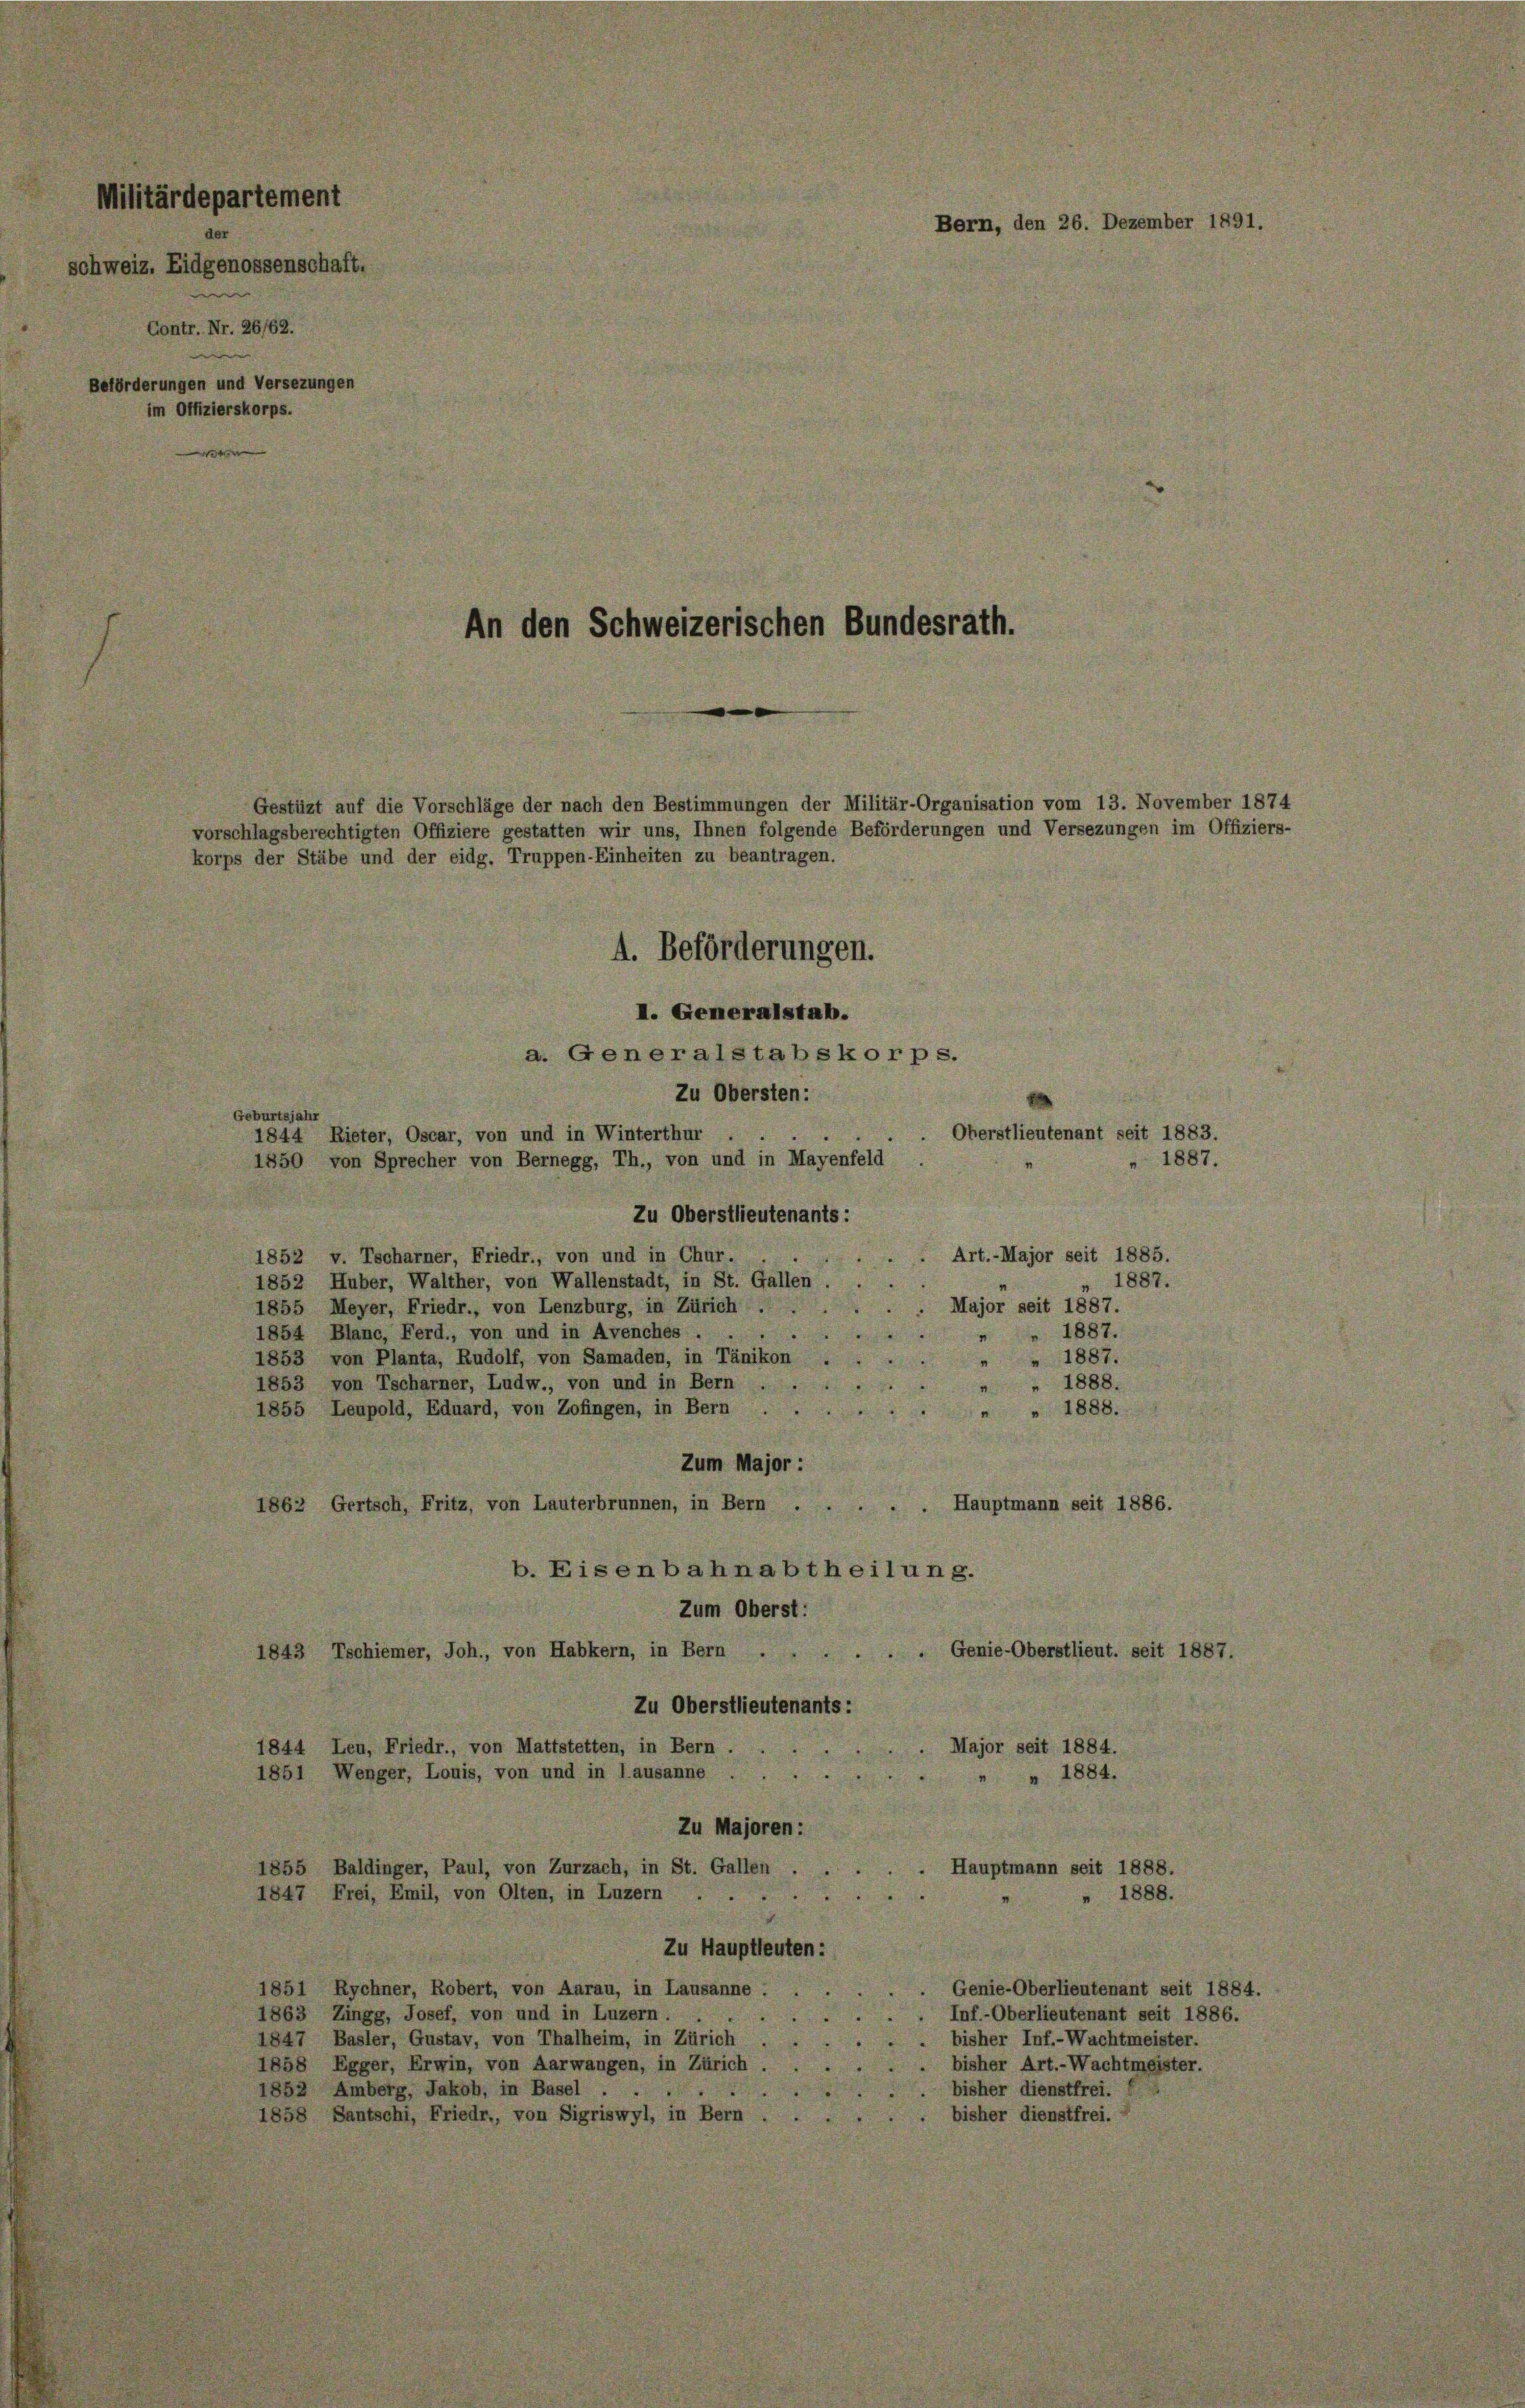
Militärdepartement
Bern, den 26. Dezember 1891.
der
schweiz. Eidgenossenschaft.
Contr. Nr. 26/62.
n
Beförderungen und Versezungen
im Offizierskorps.
Gestüzt auf die Vorschläge der nach den Bestimmungen der Militär-Organisation vom 13. November 1874
vorschlagsberechtigten Offiziere gestatten wir uns, Ihnen folgende Beförderungen und Versezungen im Offiziers-
korps der Stäbe und der eidg. Truppen-Einheiten zu beantragen.
4. Beförderungen.
I. Generalstab.
a. Generalstabskorps.
Zu Obersten:

An den Schweizerischen Bundesrath.

Geburtsjahr
Oberstlieutenant seit 1883.
d
1844 Rieter, Oscar, von und in Winterthur
1887.
1850 von Sprecher von Bernegg, Th., von und in Mayenfeld
Zu Oberstlieutenants:
Art.-Major seit 1885.
1852 v. Tscharner, Friedr., von und in Chur.
1852 Huber, Walther, von Wallenstadt, in St. Gallen
" 1887.
Major seit 1887.
1855 Meyer, Friedr., von Lenzburg, in Zürich
1887.
1854 Blanc, Ferd., von und in Avenches .
1853 von Planta, Rudolf, von Samaden, in Tänikon
" 1887.
1888.
1853 von Tscharner, Ludw., von und in Bern
1888.
1855 Leupold, Eduard, von Zofingen, in Bern.
Zum Major :
Hauptmann seit 1886.
1862 Gertsch, Fritz, von Lauterbrunnen, in Bern .
b. Eisenbahnabtheilung.
Zum Oberst:
Genie-Oberstlieut. seit 1887.
1843 Tschiemer, Joh., von Habkern, in Bern . .
Zu Oberstlieutenants:
Major seit 1884.
1844 Leu, Friedr., von Mattstetten, in Bern .
1851 Wenger, Louis, von und in lausanne
1884.
Zu Majoren:
1855 Baldinger, Paul, von Zurzach, in St. Gallen
Hauptmann seit 1888.
1847 Frei, Emil, von Olten, in Luzern
1888.

4
Zu Hauptleuten:
1851 Rychner, Robert, von Aarau, in Lausanne :
Genie-Oberlieutenant seit 1884.
Inf.-Oberlieutenant seit 1886.
1863 Zingg, Josef, von und in Luzern.
bisher Inf.-Wachtmeister.
1847, Basler, Gustav, von Thalheim, in Zürich
bisher Art.- Wachtmeister.
1858 Egger, Erwin, von Aarwangen, in Zürich
bisher dienstfrei.
5
1852 Amberg, Jakob, in Basel . .
2
bisher dienstfrei.
1858 Santschi, Friedr., von Sigriswyl, in Bern